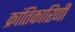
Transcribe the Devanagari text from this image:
क्रांतिकारिणी